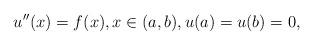
LaTeX: \begin{align*}u''(x)=f(x),x\in (a,b),u(a)=u(b)=0,\end{align*}